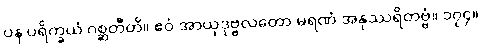
ပန ပရိက္ခယံ ဂစ္ဆတီတိ။ ဧဝံ အာယုဒုဗ္ဗလတော မရဏံ အနုဿရိတဗ္ဗံ။ ၁၇၄။